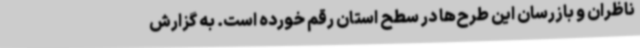
ناظران و بازرسان این طرح‌ها در سطح استان رقم خورده است. به گزارش